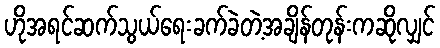
ဟိုအရင်ဆက်သွယ်ရေးခက်ခဲတဲ့အချိန်တုန်းကဆိုလျှင်